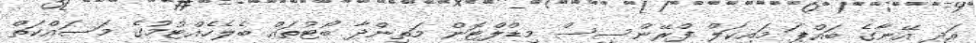
އަދި އޭނާގެ ބައްޕަ މައިކަލް ފްރޭންސިސް މިޑްލްޓޮން މަތިންދާ ބޯޓުތައް ބެލެހެއްޓުމުގެ މަސައްކަތް